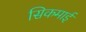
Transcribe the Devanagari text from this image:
सिकमाई